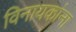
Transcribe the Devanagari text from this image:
विनायकांना